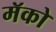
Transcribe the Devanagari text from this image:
मॅको